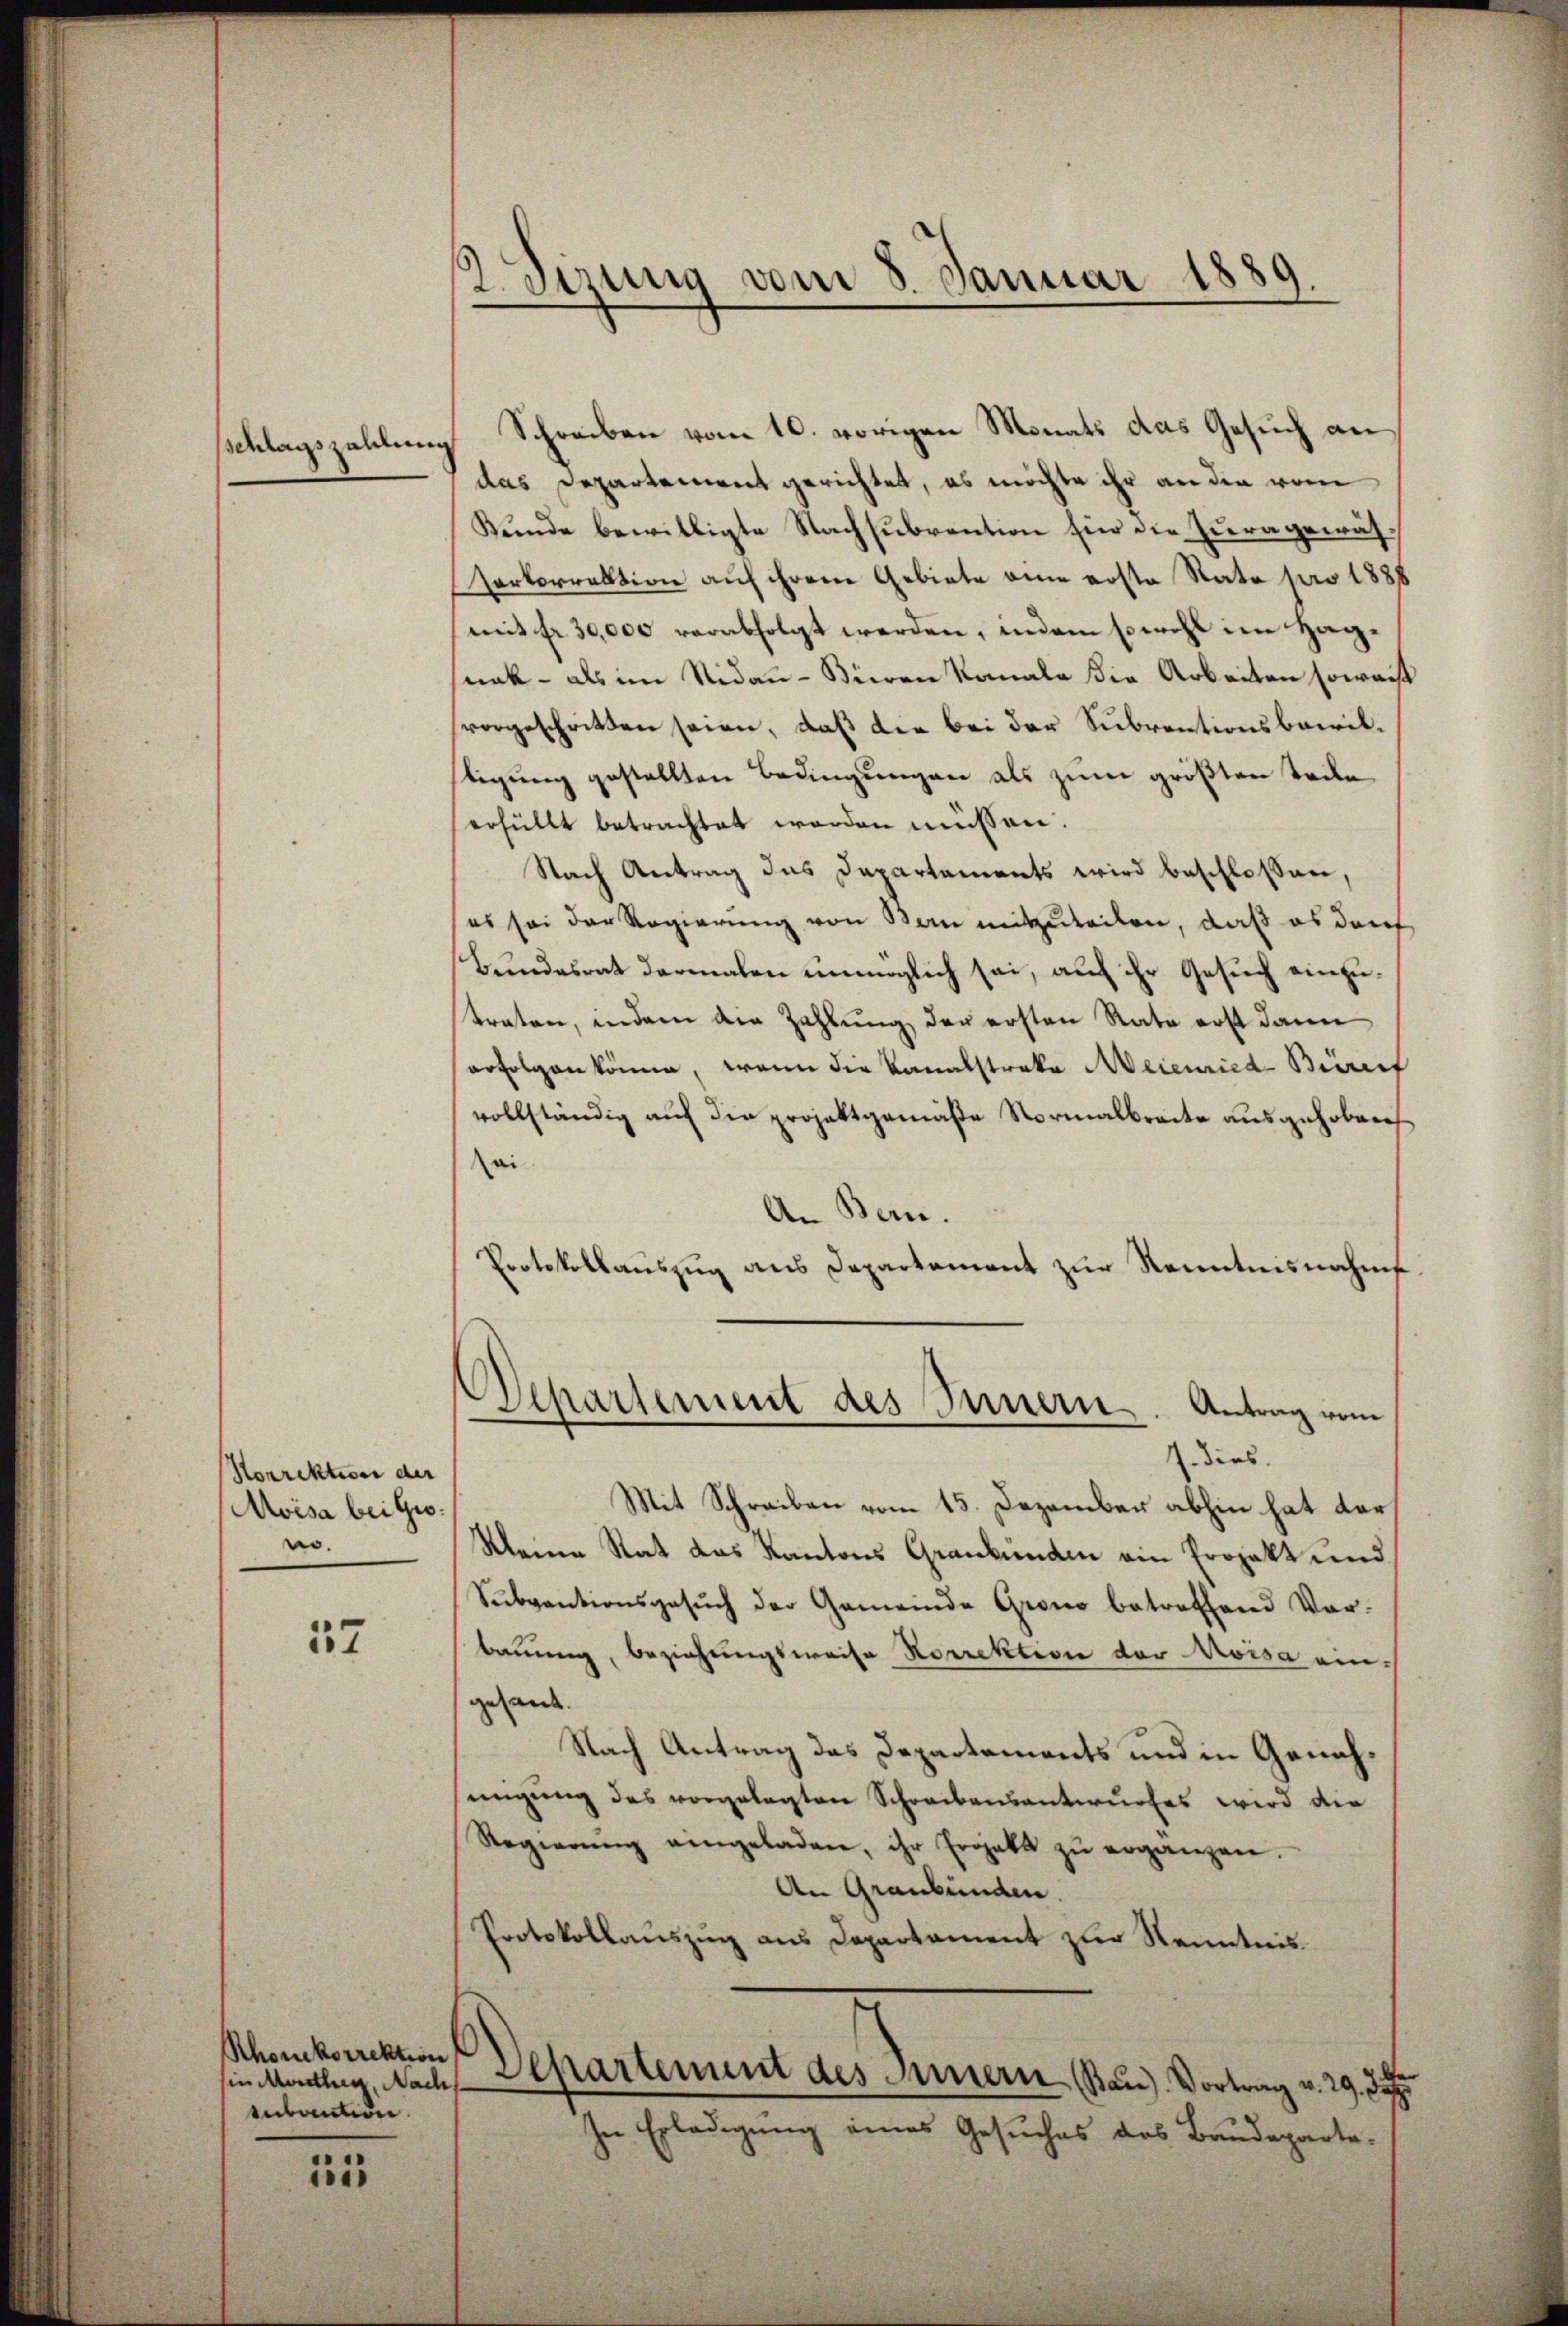
schlagszahlung

Korrektion der
Moisa bei Grono.

57

Rhonkorrektion
in Montag, Nach
Anbaution.

15

2 Sizung vom 8. Januar 1889.

Schreiben vom 10. vorigen Monats das Gesuch an
das Departement gerichtet, es möchte ihr an den vom
Kunde bewilligte Nachsubvention für die Jura gewäs¬
Zerkorrektion auf ihrem Gebiete eine erste Rate pro 1888
mit fr. 30,000 verabfolgt werden, indem sowohl im Hagnak - als im Nidau - Bieren Kanale die Arbeiten soweis
vorgeschritten seien, daß die bei der Subventionsbacriltigung gestellten Bedingungen als zum größten Teile
erfüllt betrachtet worden müssen.
Nach Antrag das Departaments wird beschlossen,
es sei der Regierung von den mitzuteilen, daß es darf
Bundesrat dermalen unmöglich sei, auf ihr Gesuch einzutraten, indem die Zahlung der ersten Rate erst dann
erfolgen könne, wenn die Kanalstraka Meienried-Brief
vollständig auf die projektgemäße Normalbracte ausgehoben
ai
An Bern.
Protokollauszug aus Departement zur Kenntnisnahm
Departement des Innern. Antrag vom
7. dies.
Mit Schreiben vom 15. Dezember abhin hat dar
Kleine Rat das Kantons Graubünden ein Projekt und
Subventionsgesŭch der Gemeinde Grono betreffend Vor-
bauung, Beziehungsweise Korrektion der Moisa ein-
gesand
Nach Antrag des Departements und in Genehmigŭng des vorgelegten Schreibensantwŭrfes wird die
Regierŭng eingeladen, ihr Ergabt zŭ ergänzen.
An Graubünden.
Protokollauszug aus Departament zur Kenntnis.
Departement des Innern, Bau) Vortrag v. 29. J
In Erledigung eines Gesuches des Baudeparte¬